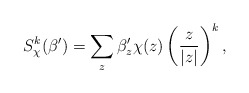
\begin{align*}S_{\chi}^k(\beta') = \sum_{z}\beta'_z\chi(z)\left(\frac{z}{|z|}\right)^k,\end{align*}